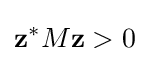
\mathbf {z} ^{*}M\mathbf {z} >0